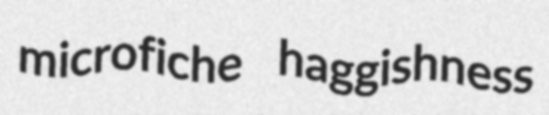
microfiche haggishness